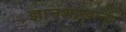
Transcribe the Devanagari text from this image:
ज्ञानशाखांना